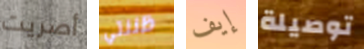
أصريت ظننتي إيف توصيلة